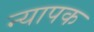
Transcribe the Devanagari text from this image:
न्यापक